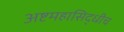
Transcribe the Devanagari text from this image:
अष्टमहासिद्धीच